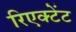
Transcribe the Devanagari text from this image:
रिएक्टेंट